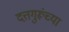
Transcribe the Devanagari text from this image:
दत्तगुरूंच्या